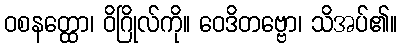
ဝစနတ္ထော၊ ဝိဂြိုလ်ကို။ ဝေဒိတဗ္ဗော၊ သိအပ်၏။